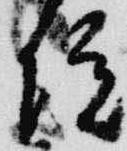
院